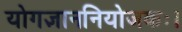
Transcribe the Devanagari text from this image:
योगज्ञाननियोजकः।